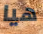
هيا